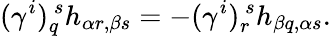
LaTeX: (\gamma^{i})_{q}^{~s}h_{\alpha r,\beta s}=-(\gamma^{i})_{r}^{~s}h_{\beta q,\alpha s}.